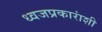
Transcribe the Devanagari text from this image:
ध्वजप्रकारांशी